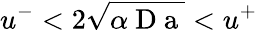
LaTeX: u^{-}<2\sqrt{\alpha\mathrm{~D~a~}}<u^{+}